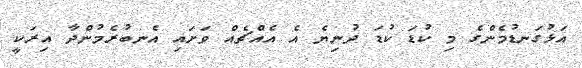
އަޅުގަނޑުމެންގެ މި ކުޑަ ކުޑަ ދުނިޔެ އެ އެއްޗެއް ވަށައި އެނބުރެމުންދާ އިރަކީ